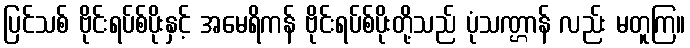
ပြင်သစ် ဗိုင်းရပ်စ်ပိုးနှင့် အမေရိကန် ဗိုင်းရပ်စ်ပိုးတို့သည် ပုံသဏ္ဌာန် လည်း မတူကြ။